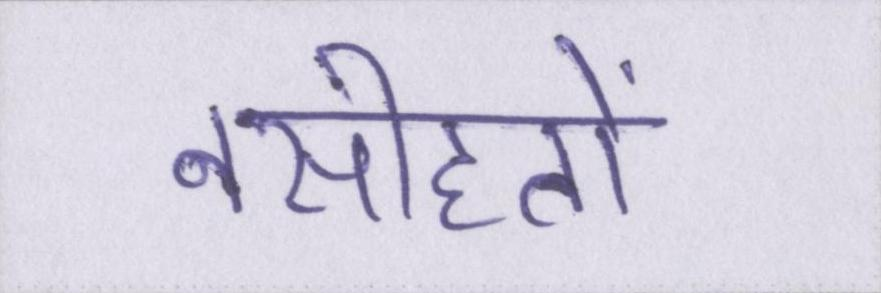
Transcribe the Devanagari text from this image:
नसीहतों